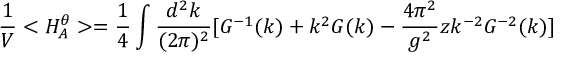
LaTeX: \frac { 1 } { V } < H _ { A } ^ { \theta } > = \frac { 1 } { 4 } \int \frac { d ^ { 2 } k } { ( 2 \pi ) ^ { 2 } } [ G ^ { - 1 } ( k ) + k ^ { 2 } G ( k ) - \frac { 4 \pi ^ { 2 } } { g ^ { 2 } } z k ^ { - 2 } G ^ { - 2 } ( k ) ]